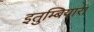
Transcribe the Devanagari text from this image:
इतुम्बियारा